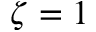
\zeta = 1